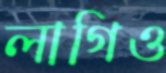
লাগিও